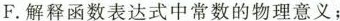
F.解释函数表达式中常数的物理意义；